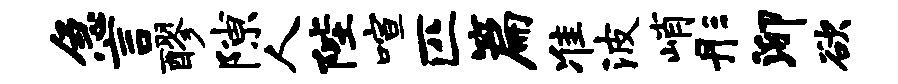
急言醪隙人陛喧匹篇准波峭彤泖欲